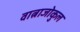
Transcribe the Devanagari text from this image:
वात्नाजोकुल